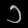
Digit: ၁